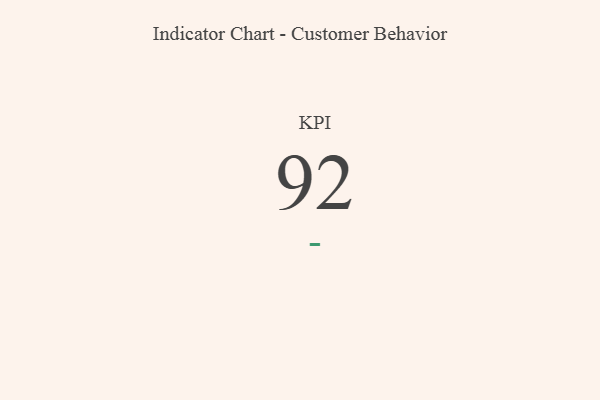
{"axis": {"x": "KPI", "y": "Value"}, "legend": [""], "data": [{"x": "KPI", "y": 92, "type": ""}]}